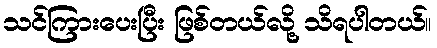
သင်ကြားပေးပြီး ဖြစ်တယ်လို့ သိရပါတယ်။